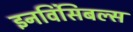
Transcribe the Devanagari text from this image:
इनविंसिबल्स